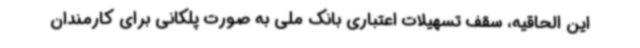
این الحاقیه، سقف تسهیلات اعتباری بانک ملی به صورت پلکانی برای کارمندان